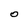
Character: o